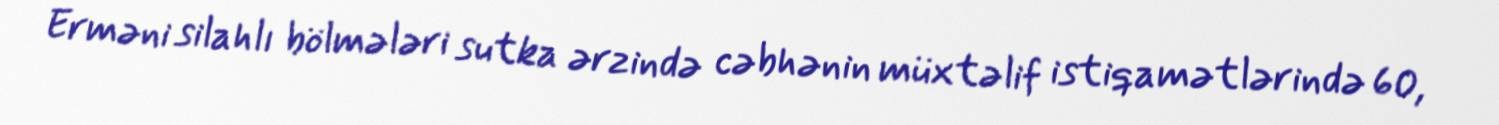
Erməni silahlı bölmələri sutka ərzində cəbhənin müxtəlif istiqamətlərində 60,